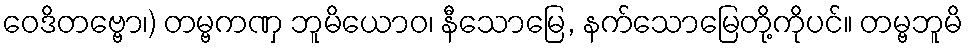
ဝေဒိတဗ္ဗော၊) တမ္ဗကဏှ ဘူမိယောဝ၊ နီသောမြေ, နက်သောမြေတို့ကိုပင်။ တမ္ဗဘူမိ